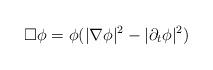
LaTeX: \begin{align*}\Box \phi = \phi (|\nabla \phi|^2-|\partial_t \phi|^2)\end{align*}